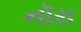
નૉરા